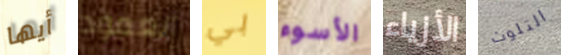
أيها العمود بي الأسوء الأزياء التلوث